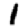
Digit: 1